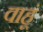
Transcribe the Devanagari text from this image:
वाहूं